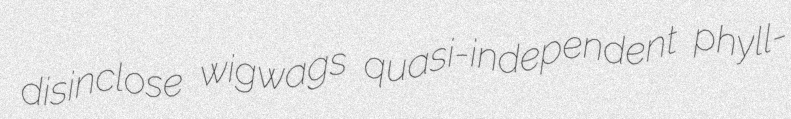
disinclose wigwags quasi-independent phyll-